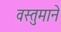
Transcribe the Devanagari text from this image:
वस्तुमाने